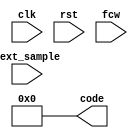
module nco(
    input clk,
    input rst,
    input [23:0] fcw,
    input next_sample,
    output [9:0] code
);
    assign code = 0;
endmodule